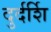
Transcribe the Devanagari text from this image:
दुर्दर्शि